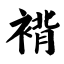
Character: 褙